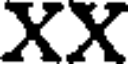
XX